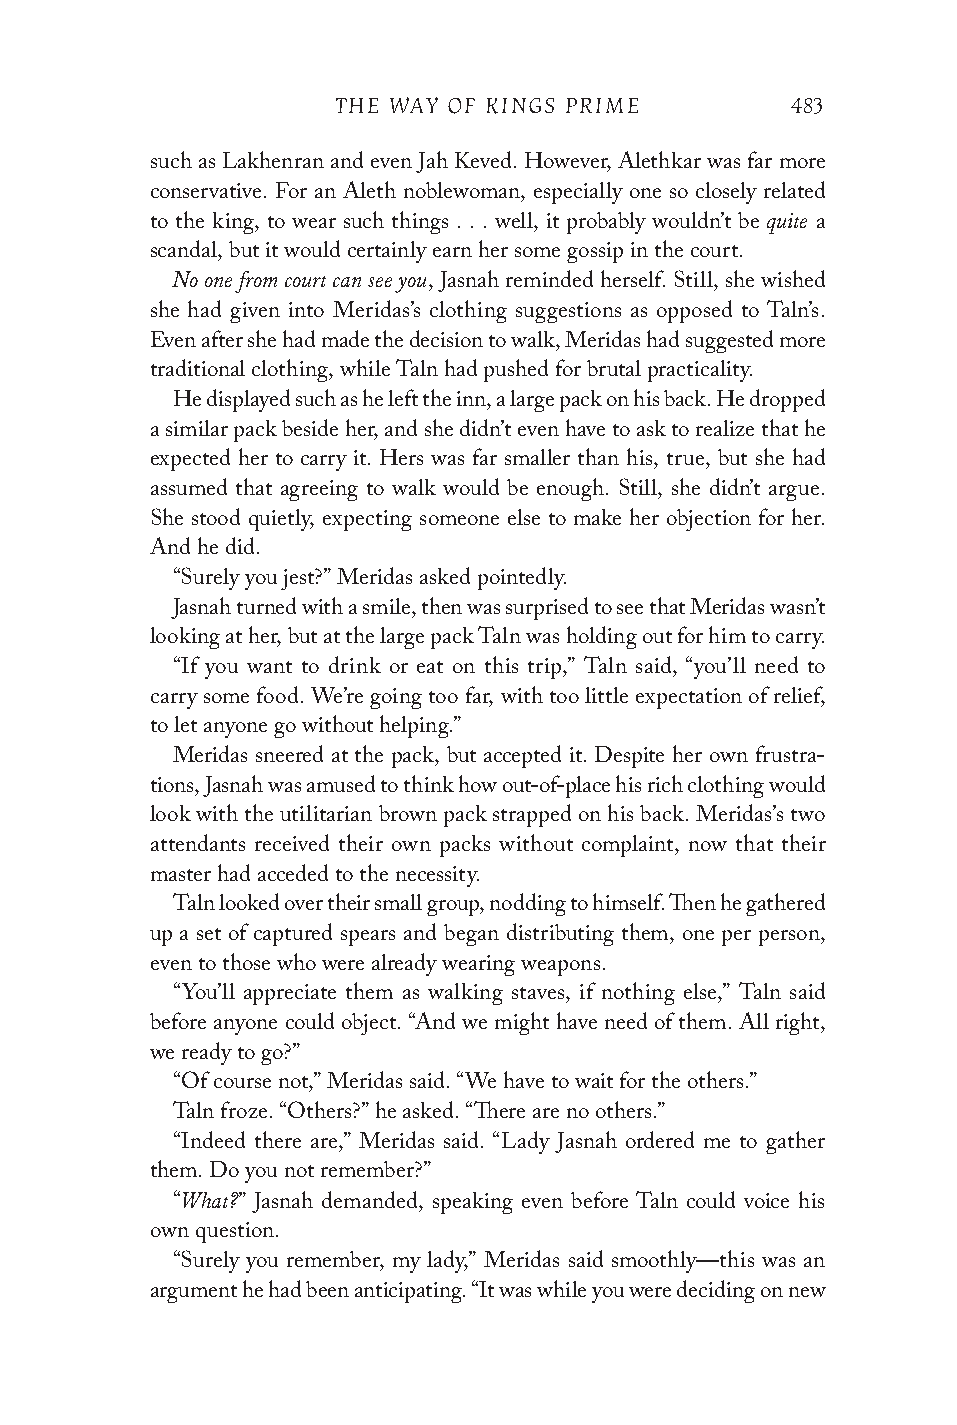
THE WAY OF KINGS PRIME        483
 such as Lakhenran and even Jah Keved. However, Alethkar was far more
 conservative. For an Aleth noblewoman, especially one so closely related
 quite
 to the king, to wear such things . . . well, it probably wouldn’t be a
 scandal, but it would certainly earn her some gossip in the court.
 No one from court can see you
 , Jasnah reminded herself. Still, she wished
 she had given into Meridas’s clothing suggestions as opposed to Taln’s.
 Even after she had made the decision to walk, Meridas had suggested more
 traditional clothing, while Taln had pushed for brutal practicality.
 He displayed such as he left the inn, a large pack on his back. He dropped
 a similar pack beside her, and she didn’t even have to ask to realize that he
 expected her to carry it. Hers was far smaller than his, true, but she had
 assumed that agreeing to walk would be enough. Still, she didn’t argue.
 She stood quietly, expecting someone else to make her objection for her.
 And he did.
 “Surely you jest?” Meridas asked pointedly.
 Jasnah turned with a smile, then was surprised to see that Meridas wasn’t
 looking at her, but at the large pack Taln was holding out for him to carry.
 “If you want to drink or eat on this trip,” Taln said, “you’ll need to
 carry some food. We’re going too far, with too little expectation of relief,
 to let anyone go without helping.”
 Meridas sneered at the pack, but accepted it. Despite her own frustra-
 tions, Jasnah was amused to think how out-of-place his rich clothing would
 look with the utilitarian brown pack strapped on his back. Meridas’s two
 attendants received their own packs without complaint, now that their
 master had acceded to the necessity.
 Taln looked over their small group, nodding to himself. Then he gathered
 up a set of captured spears and began distributing them, one per person,
 even to those who were already wearing weapons.
 “You’ll appreciate them as walking staves, if nothing else,” Taln said
 before anyone could object. “And we might have need of them. All right,
 we ready to go?”
 “Of course not,” Meridas said. “We have to wait for the others.”
 Taln froze. “Others?” he asked. “There are no others.”
 “Indeed there are,” Meridas said. “Lady Jasnah ordered me to gather
 them. Do you not remember?”
 What?
 “    ” Jasnah demanded, speaking even before Taln could voice his
 own question.
 “Surely you remember, my lady,” Meridas said smoothly—this was an
 argument he had been anticipating. “It was while you were deciding on new